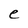
Character: e